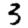
Digit: 3